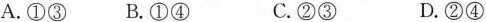
A.①③ B.①④ C.②③ D.②④